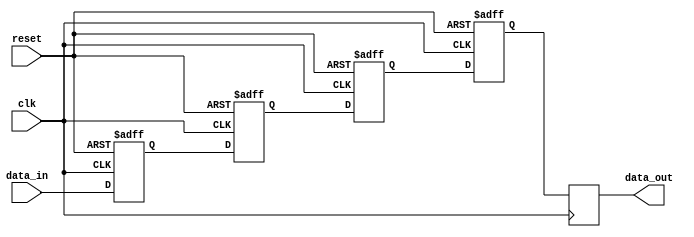
module cascade_sync (
    input wire clk,
    input wire reset,
    input wire data_in,
    output wire data_out
);

reg [2:0] flop [3:0];
wire [2:0] next_clk;

// Cascade flip-flops
always @(posedge clk or posedge reset) begin
    if (reset) begin
        flop[0] <= 3'b0;
        flop[1] <= 3'b0;
        flop[2] <= 3'b0;
        flop[3] <= 3'b0;
    end else begin
        flop[0] <= data_in;
        flop[1] <= flop[0];
        flop[2] <= flop[1];
        flop[3] <= flop[2];
    end
end

assign next_clk = {flop[0], flop[1], flop[2]};

// Timing control
always @(posedge clk) begin
    data_out <= flop[3];
end

endmodule